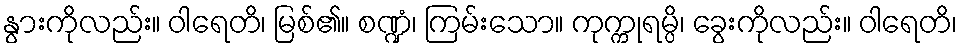
နွားကိုလည်း။ ဝါရေတိ၊ မြစ်၏။ စဏ္ဍံ၊ ကြမ်းသော။ ကုက္ကုရမ္ပိ၊ ခွေးကိုလည်း။ ဝါရေတိ၊